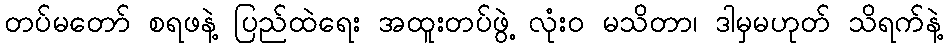
တပ်မတော် စရဖနဲ့ ပြည်ထဲရေး အထူးတပ်ဖွဲ့ လုံးဝ မသိတာ၊ ဒါမှမဟုတ် သိရက်နဲ့